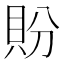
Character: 𬥏